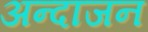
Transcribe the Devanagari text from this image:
अन्दाजन